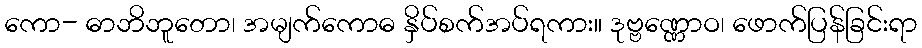
ကော- ဓာဘိဘူတော၊ အမျက်ကောဓ နှိပ်စက်အပ်ရကား။ ဒုဗ္ဗဏ္ဏောဝ၊ ဖောက်ပြန်ခြင်းရာ